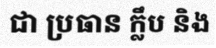
ជា ប្រធាន ក្លឹប និង